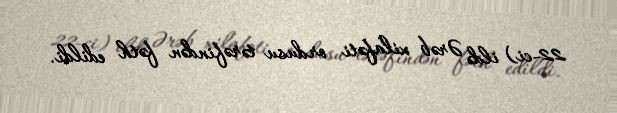
22-ci) ildə Ərəb xilafəti ordusu tərəfindən fəth edildi.